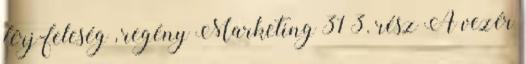
férj-feleség , regény Marketing 31 3. rész A vezér